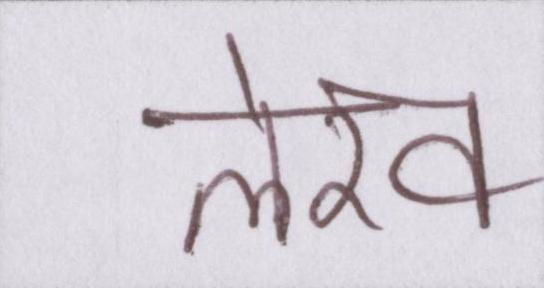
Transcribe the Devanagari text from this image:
लेख